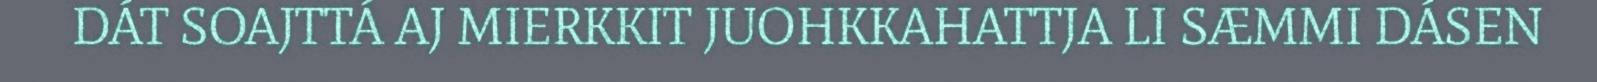
DÁT SOAJTTÁ AJ MIERKKIT JUOHKKAHATTJA LI SÆMMI DÁSEN